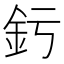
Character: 釫